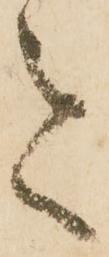
令